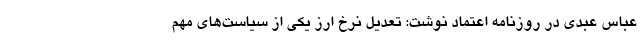
عباس عبدی در روزنامه اعتماد نوشت: تعدیل نرخ ارز یکی از سیاست‌های مهم